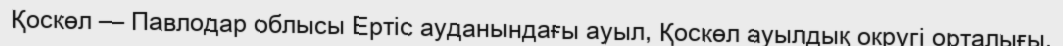
Қоскөл — Павлодар облысы Ертіс ауданындағы ауыл, Қоскөл ауылдық округі орталығы.